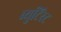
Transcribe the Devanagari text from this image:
ब्युटिरेट